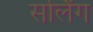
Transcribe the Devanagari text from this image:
सर्लिंग